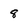
Character: 8